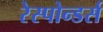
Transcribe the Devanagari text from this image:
रेस्पोन्डर्स